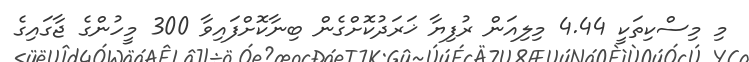
މި މިސްކިތަކީ 4.44 މިލިއަން ރުފިޔާ ޚަރަދުކޮށްގެން ބިނާކޮށްފައިވާ 300 މީހުންގެ ޖާގައިގެ